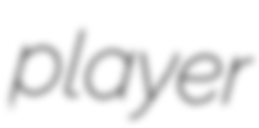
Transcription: player